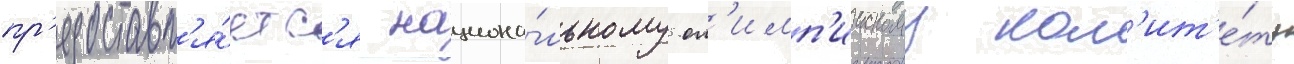
пр'едоставл'я́етс'я национа́льному ол'имп'иискому ком'ит'е́ту